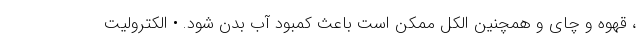
، قهوه و چای و همچنین الکل ممکن است باعث کمبود آب بدن شود. • الکترولیت